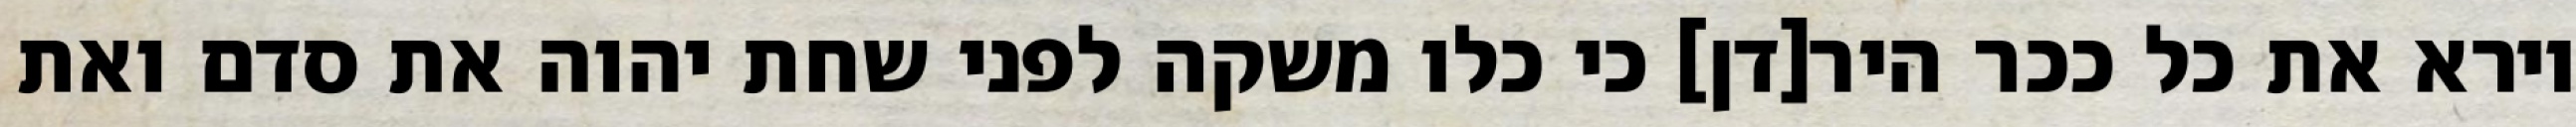
וירא את כל ככר היר[דן] כי כלו משקה לפני שחת יהוה את סדם ואת